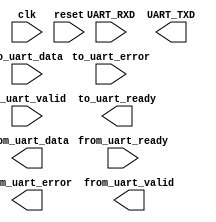

module UARTtest (
	clk,
	reset,
	UART_RXD,
	UART_TXD,
	from_uart_ready,
	from_uart_data,
	from_uart_error,
	from_uart_valid,
	to_uart_data,
	to_uart_error,
	to_uart_valid,
	to_uart_ready);	

	input		clk;
	input		reset;
	input		UART_RXD;
	output		UART_TXD;
	input		from_uart_ready;
	output	[7:0]	from_uart_data;
	output		from_uart_error;
	output		from_uart_valid;
	input	[7:0]	to_uart_data;
	input		to_uart_error;
	input		to_uart_valid;
	output		to_uart_ready;
endmodule